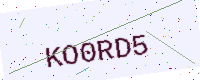
Text: KO0RD5